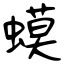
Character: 蟆